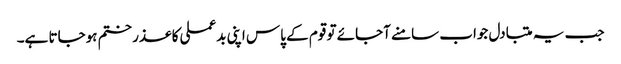
جب یہ متبادل جواب سامنے آجائے تو قوم کے پاس اپنی بدعملی کا عذر ختم ہوجاتا ہے۔